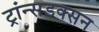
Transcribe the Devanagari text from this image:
ट्रांन्सडक्सन